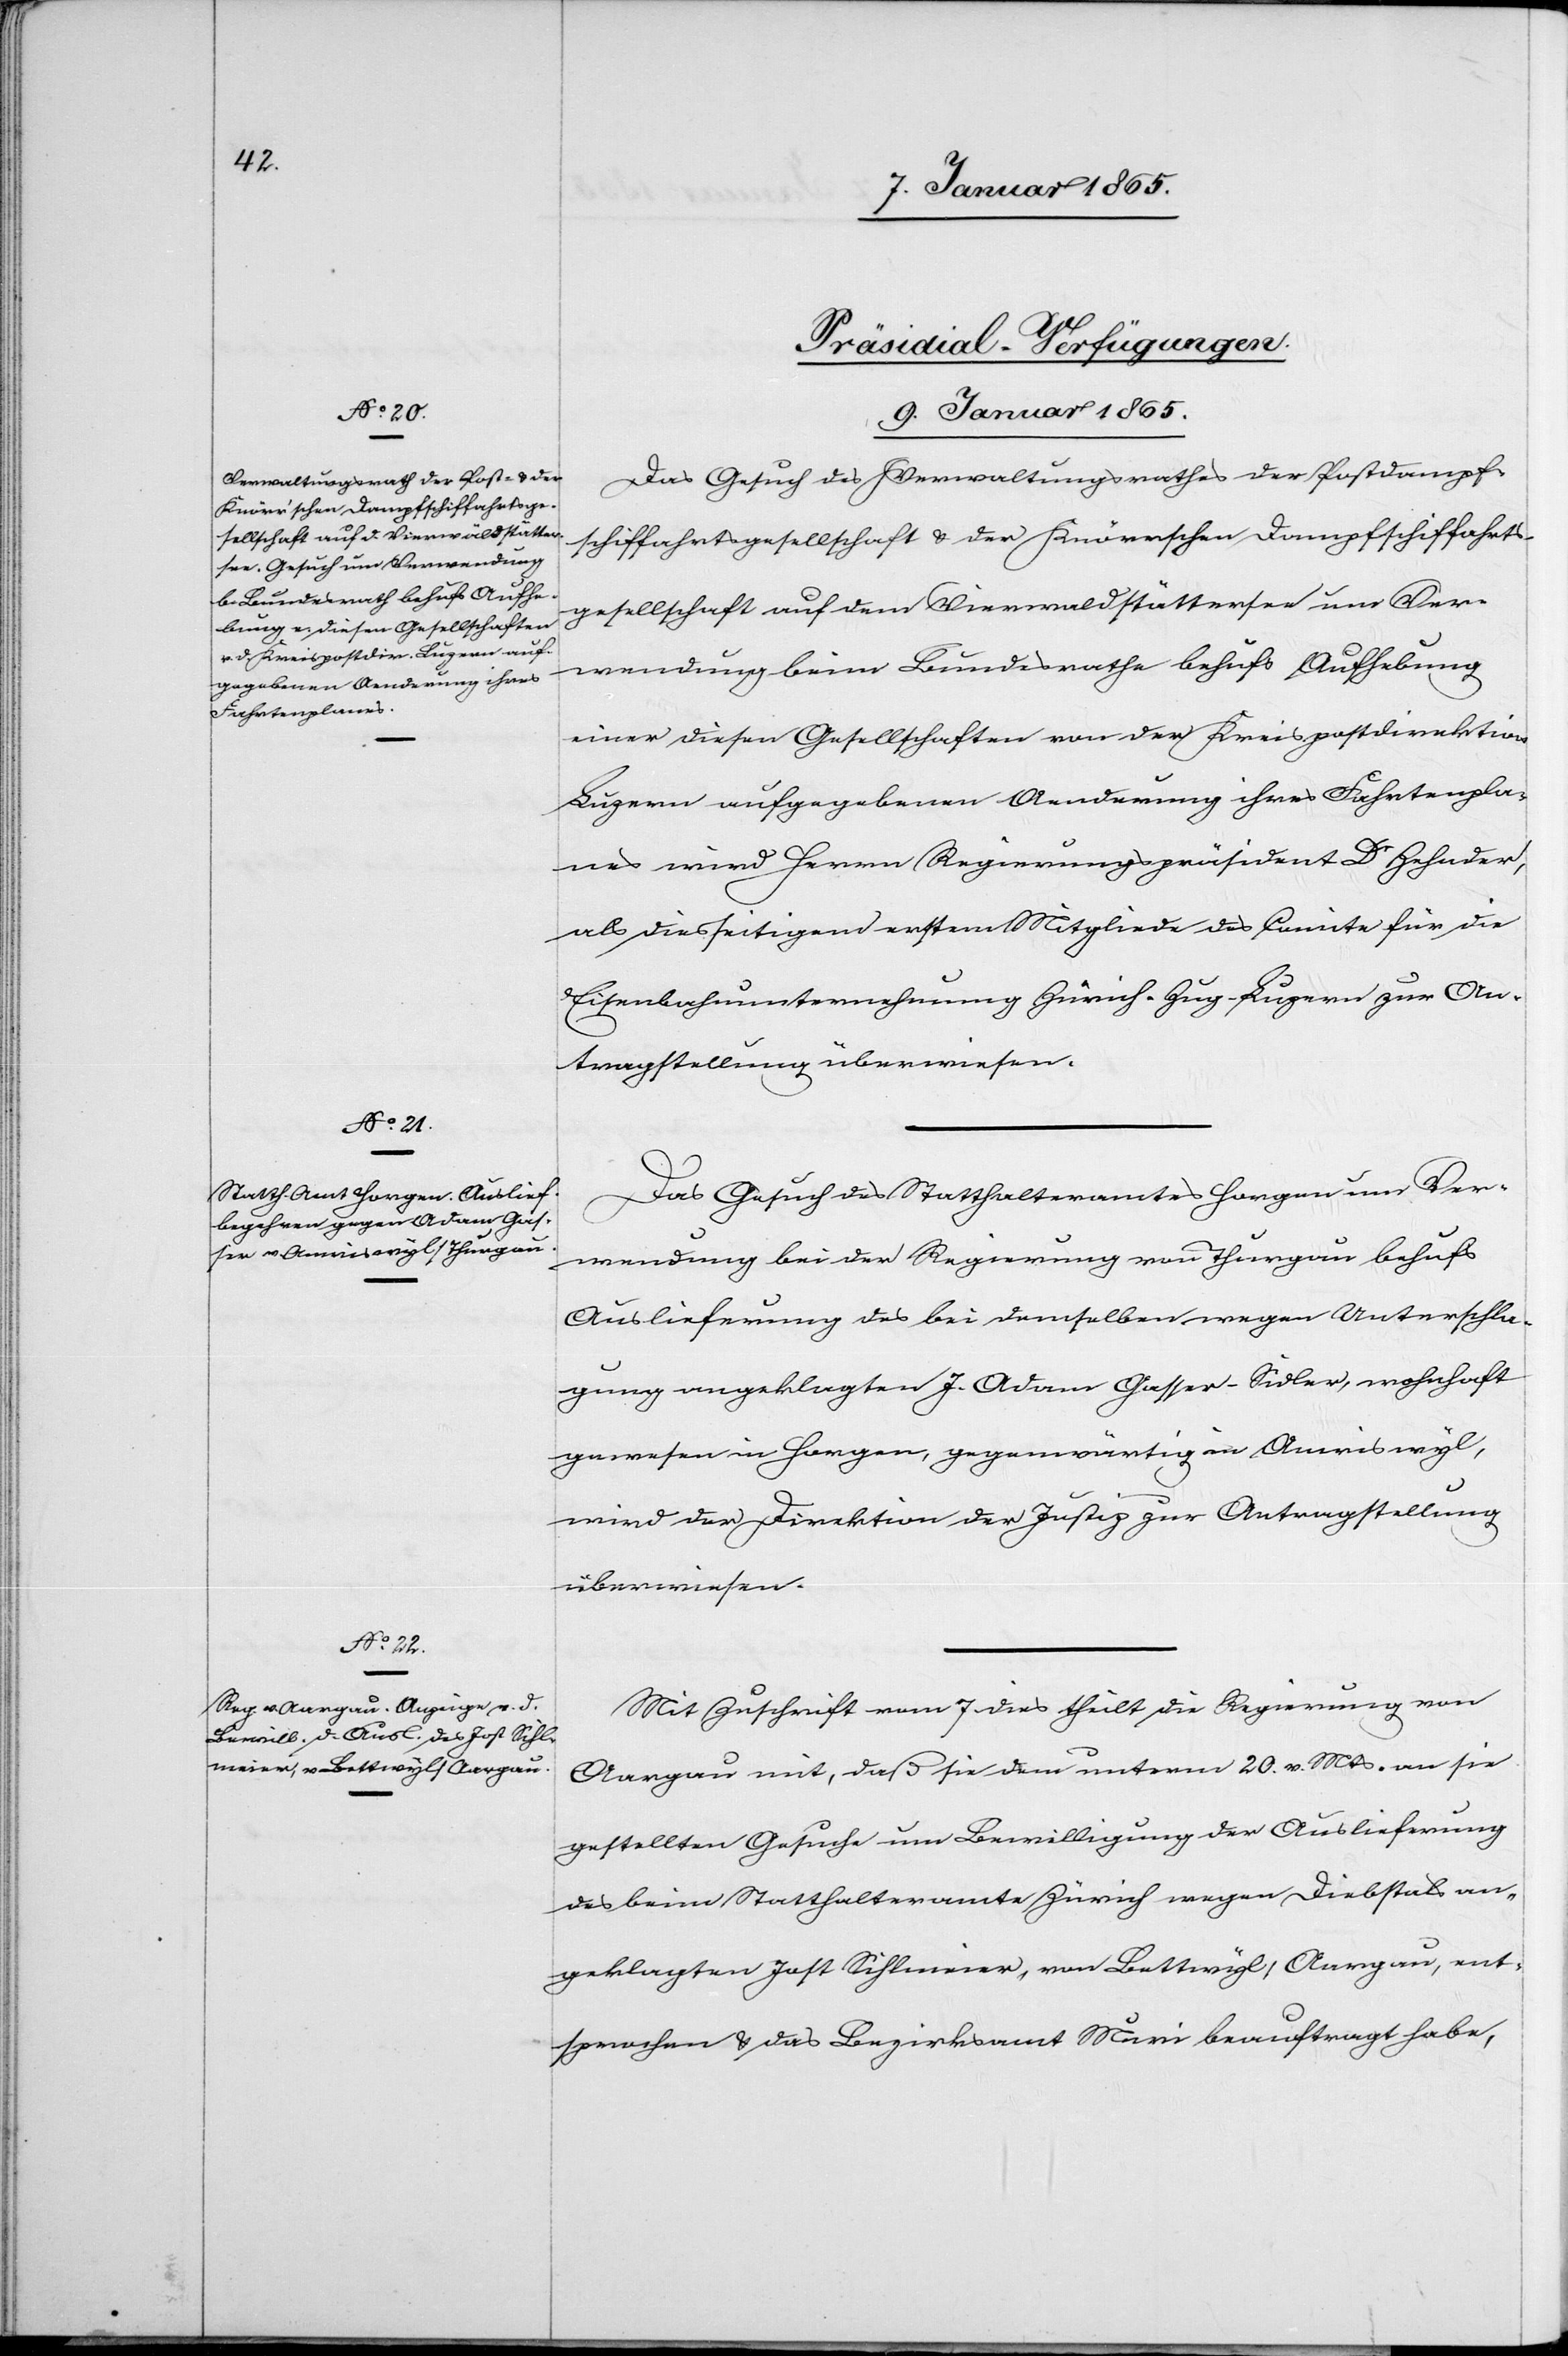
[Präsidial-Verfügungen.
9. Januar 1865.]
Das Gesuch des Verwaltungsrathes der Postdampf¬
schiffahrtsgesellschaft u. der Knörrschen Dampfschiffahrts¬
gesellschaft auf dem Vierwaldstätersee um Ver¬
wendung beim Bundesrathe behufs Aufhebung
einer diesen Gesellschaften von der Kreispostdirektion
Luzern aufgegebenen Aenderung ihres Fahrtenpla¬
nes wird Herrn Regierungspräsident Dr Zehnder,
als diesseitigen erstem Mitgliede des Comite für die
Eisenbahnunternehmung Zürich-Zug-Luzern zur An¬
tragstellung überwiesen.
Das Gesuch des Statthalteramtes Horgen um Ver¬
wendung bei der Regierung von Thurgau behufs
Auslieferung des bei demselben wegen Unterschla¬
gung angeklagten J. Adam Gasser-Südler, wohnhaft
gewesen in Horgen, gegenwärtig in Amriswyl,
wird der Direktion der Justiz zur Antragstellung
überwiesen.
Mit Zuschrift vom 7 dies theilt die Regierung von
Aargau mit, daß sie dem unterm 20. v. Mts. an sie
gestellten Gesuche um Bewilligung der Auslieferung
des beim Statthalteramte Zürich wegen Diebstals an¬
geklagten Jost Sihlmeier, von Bettwyl/Aargau, ent¬
sprochen u. das Bezirksamt Muri beauftragt habe,